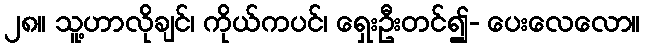
၂၈။ သူ့ဟာလိုချင်၊ ကိုယ်ကပင်၊ ရှေးဦးတင်၍- ပေးလေလော။